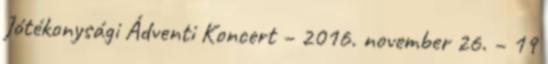
Jótékonysági Ádventi Koncert – 2016. november 26. – 19